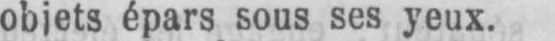
objets épars sous ses yeux.